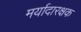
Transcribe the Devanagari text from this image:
मर्यादारक्षक